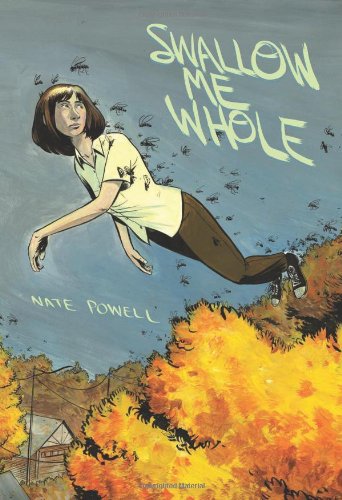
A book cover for Swallow Me Whole; Nate Powell; Health, Fitness & Dieting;